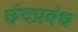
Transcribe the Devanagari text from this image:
छंदप्रबंध